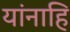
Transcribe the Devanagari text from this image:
यांनाहि